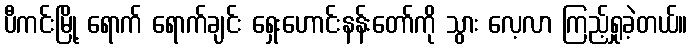
ပီကင်းမြို့ ရောက် ရောက်ချင်း ရှေးဟောင်းနန်းတော်ကို သွား လေ့လာ ကြည့်ရှုခဲ့တယ်။